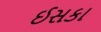
ઈસકા